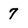
Character: 7